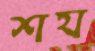
শয